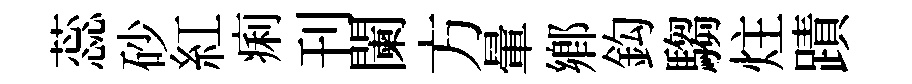
蕊砂紅痢刊闌方暈鄉鈎騶炷蹟